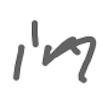
Text: in
Cross-out: clean
Writing tool: digital_gray